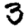
Digit: 3